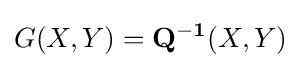
G(X,Y)=\mathbf {Q^{-1}} (X,Y)